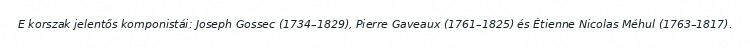
E korszak jelentős komponistái: Joseph Gossec (1734–1829), Pierre Gaveaux (1761–1825) és Étienne Nicolas Méhul (1763–1817).